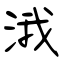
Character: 涐